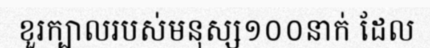
ខួរក្បាលរបស់មនុស្ស១០០នាក់ ដែល